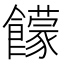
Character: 饛